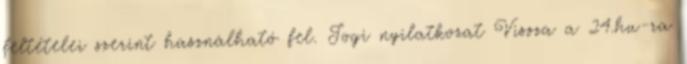
feltételei szerint használható fel. Jogi nyilatkozat Vissza a 24.hu-ra